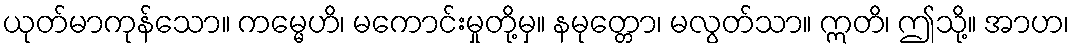
ယုတ်မာကုန်သော။ ကမ္မေဟိ၊ မကောင်းမှုတို့မှ။ နမုတ္တော၊ မလွတ်သာ။ ဣတိ၊ ဤသို့။ အာဟ၊